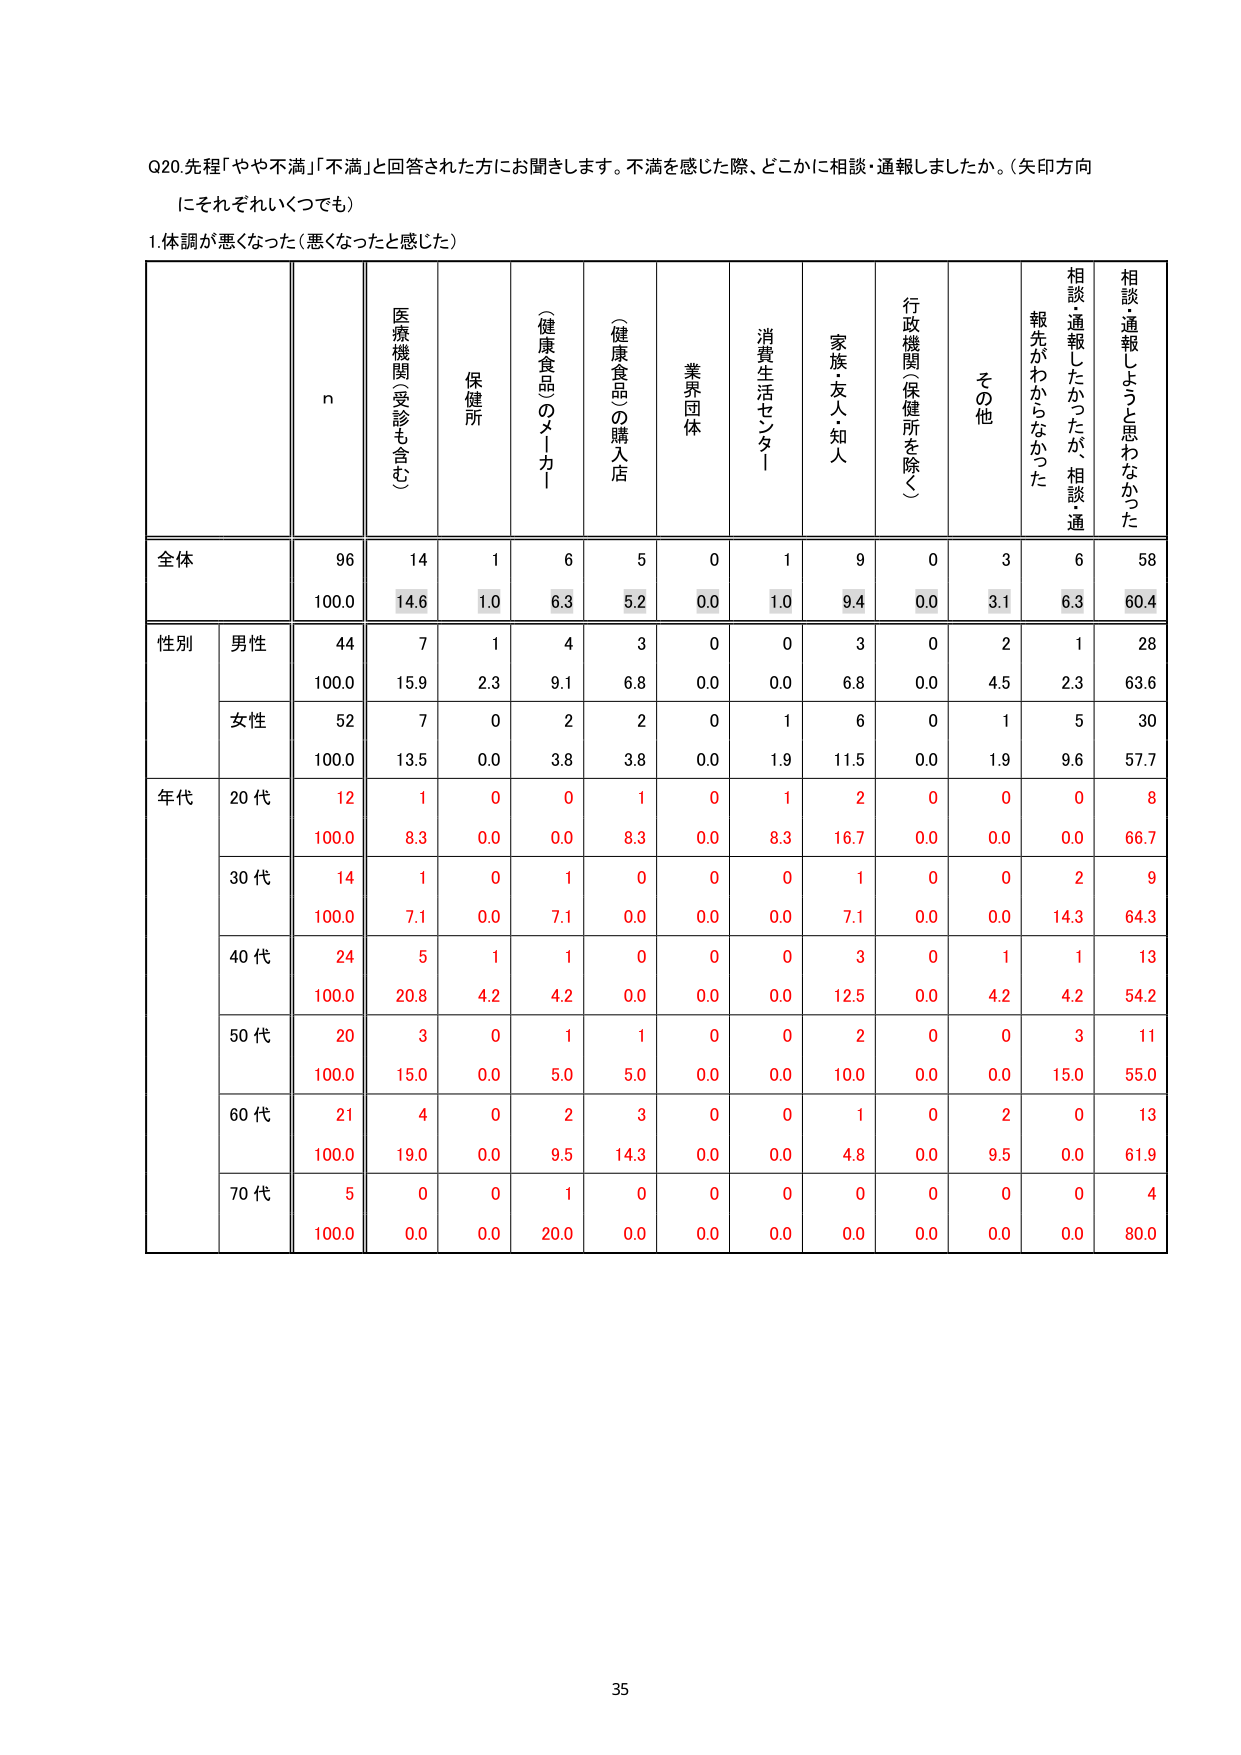
Q20. 先程「やや不満」「不満」と回答された方にお聞きします。不満を感じた際、どこかに相談・通報しましたか。（矢印方向にそれぞれいくつでも）

1. 体調が悪くなった（悪くなったと感じた）

n
医療機関（受診も含む）
保健所
（健康食品のメーカー）
（健康食品）の購入店
業界団体
消費生活センター
家族・友人・知人
行政機関（保健所を除く）
その他
相談・通報したかったが、相談・通報先がわからなかった
相談・通報しようと思わなかった

全体
96
14
1
6
5
0
1
9
0
3
6
58
100.0
14.6
1.0
6.3
5.2
0.0
1.0
9.4
0.0
3.1
6.3
60.4

性別
男性
44
7
1
4
3
0
0
3
0
2
1
28
100.0
15.9
2.3
9.1
6.8
0.0
0.0
6.8
0.0
4.5
2.3
63.6
女性
52
7
0
2
2
0
1
6
0
1
5
30
100.0
13.5
0.0
3.8
3.8
0.0
1.9
11.5
0.0
1.9
9.6
57.7

年代
20代
12
1
0
0
1
0
1
2
0
0
0
8
100.0
8.3
0.0
0.0
8.3
0.0
8.3
16.7
0.0
0.0
0.0
66.7
30代
14
1
0
1
0
0
0
1
0
0
2
9
100.0
7.1
0.0
7.1
0.0
0.0
0.0
7.1
0.0
0.0
14.3
64.3
40代
24
5
1
1
0
0
0
3
0
1
1
13
100.0
20.8
4.2
4.2
0.0
0.0
0.0
12.5
0.0
4.2
4.2
54.2
50代
20
3
0
1
1
0
0
2
0
0
3
11
100.0
15.0
0.0
5.0
5.0
0.0
0.0
10.0
0.0
0.0
15.0
55.0
60代
21
4
0
2
3
0
0
1
0
2
0
13
100.0
19.0
0.0
9.5
14.3
0.0
0.0
4.8
0.0
9.5
0.0
61.9
70代
5
0
0
1
0
0
0
0
0
0
0
4
100.0
0.0
0.0
20.0
0.0
0.0
0.0
0.0
0.0
0.0
0.0
80.0

35